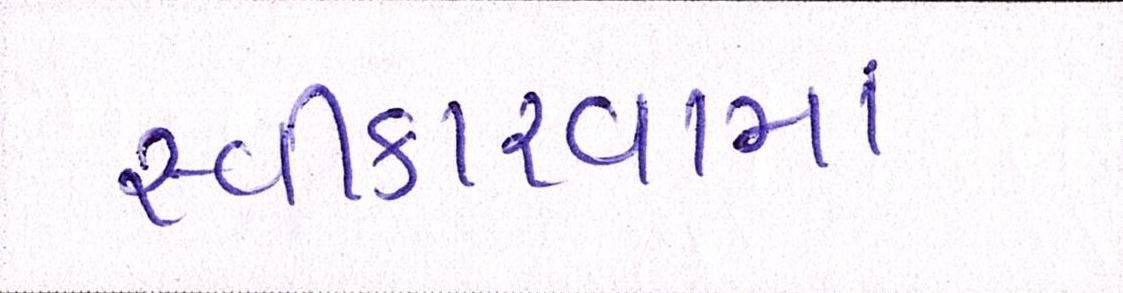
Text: સ્વીકારવામાં